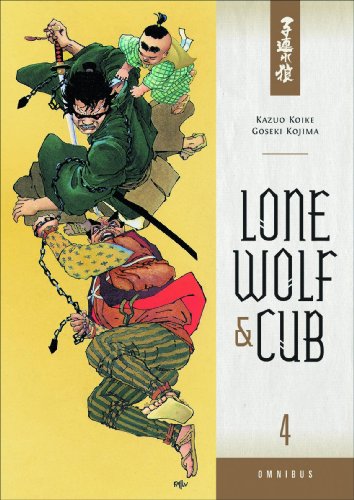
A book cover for Lone Wolf and Cub Omnibus Volume 4 (Lone Wolf & Cub Omnibus); Kazuo Koike; Comics & Graphic Novels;